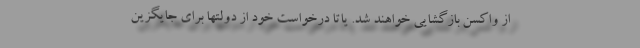
از واکسن بازگشایی خواهند شد. یاتا درخواست خود از دولتها برای جایگزین